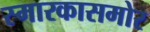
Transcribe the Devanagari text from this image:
स्मारकासमोर